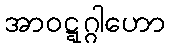
အာဝဋ္ဋဂ္ဂါဟော